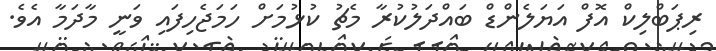
ރިޕަބްލިކް އޮފް އަޔަލެންޑް ބައްދަލުކުރާ މެޗު ކުޅުމަށް ހަމަޖެހިފައި ވަނީ މާދަމާ އެވެ.